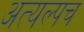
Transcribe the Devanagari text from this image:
अत्यल्पच